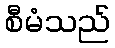
စီမံသည်